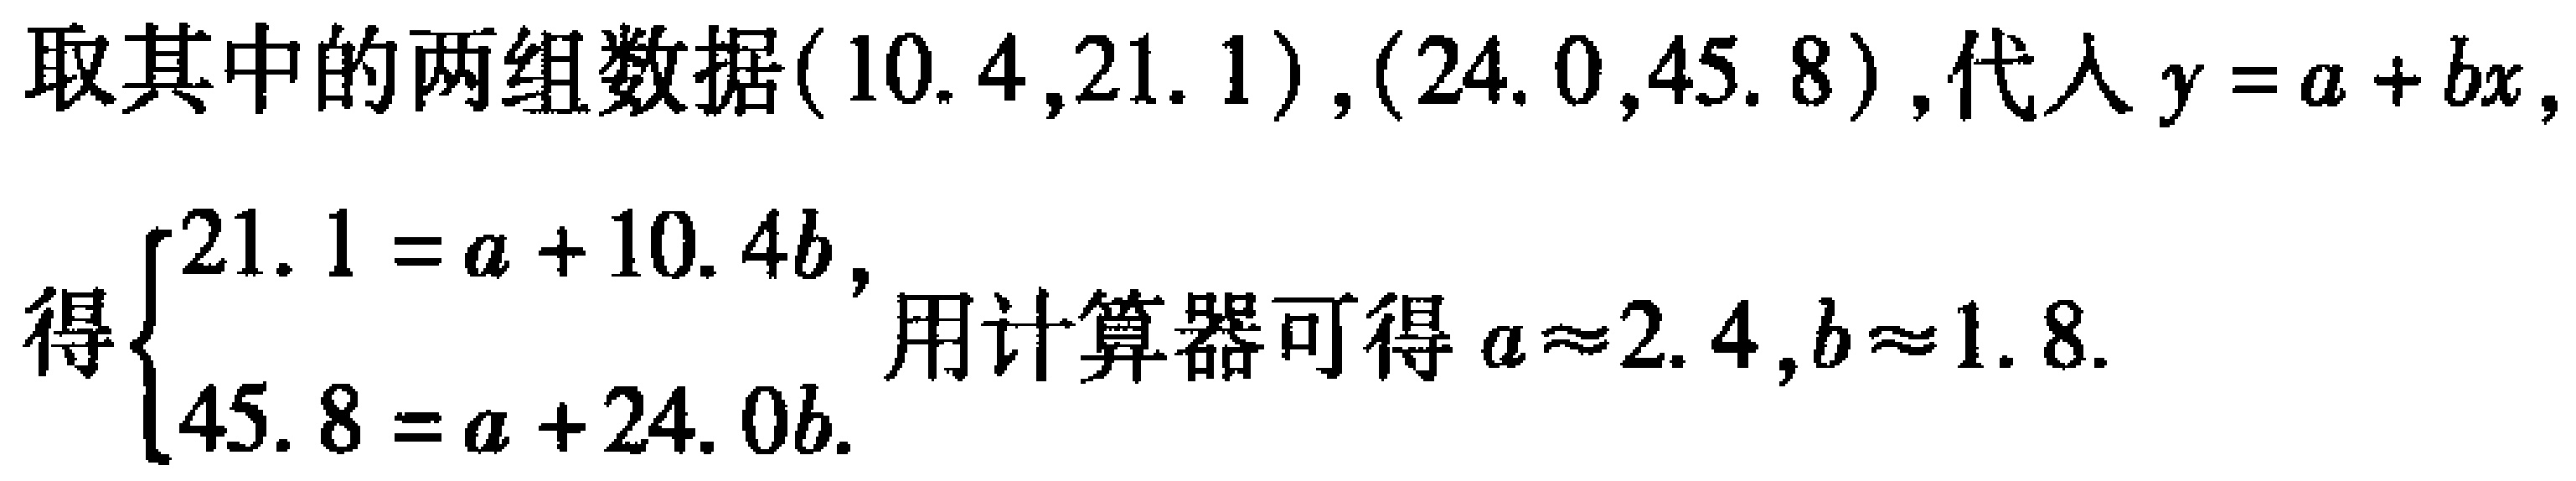
取其中的两组数据\((10.4,21.1)\)，\((24.0,45.8)\)，代入\(y = a + bx\)，
得\(\begin{cases}21.1 = a + 10.4b,\\45.8 = a + 24.0b.\end{cases}\)用计算器可得\(a\approx2.4\)，\(b\approx1.8\).